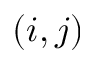
( i , j )